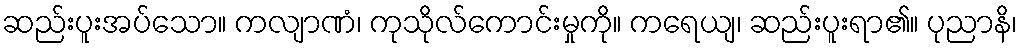
ဆည်းပူးအပ်သော။ ကလျာဏံ၊ ကုသိုလ်ကောင်းမှုကို။ ကရေယျ၊ ဆည်းပူးရာ၏။ ပုညာနိ၊